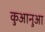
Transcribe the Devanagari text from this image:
कुआनुआ